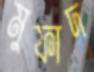
মুফাদ